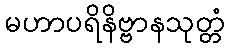
မဟာပရိနိဗ္ဗာနသုတ္တံ